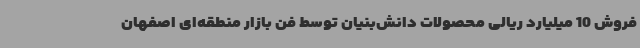
فروش 10 میلیارد ریالی محصولات دانش‌بنیان توسط فن بازار منطقه‌ای اصفهان